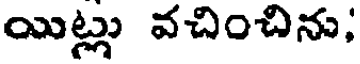
యిట్లు వచించిను;